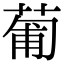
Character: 葡